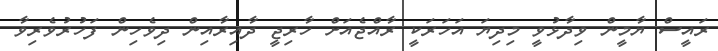
ރައީސް ޔާމީން ވިދާޅުވީ މިދިޔަ އަހަރަކީ ރާއްޖެއަށް ހާރިޖީ ދާއިރާއިން ދިވެހިން ފަހުރުވެރިވާ